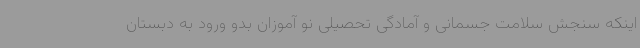
اینکه سنجش سلامت جسمانی و آمادگی تحصیلی نو آموزان بدو ورود به دبستان